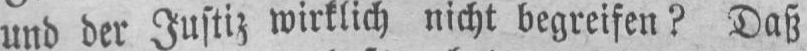
und der Justiz wirklich nicht begreifen? Daß